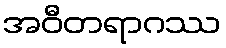
အဝီတရာဂဿ